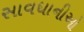
સાવધાનીઓ